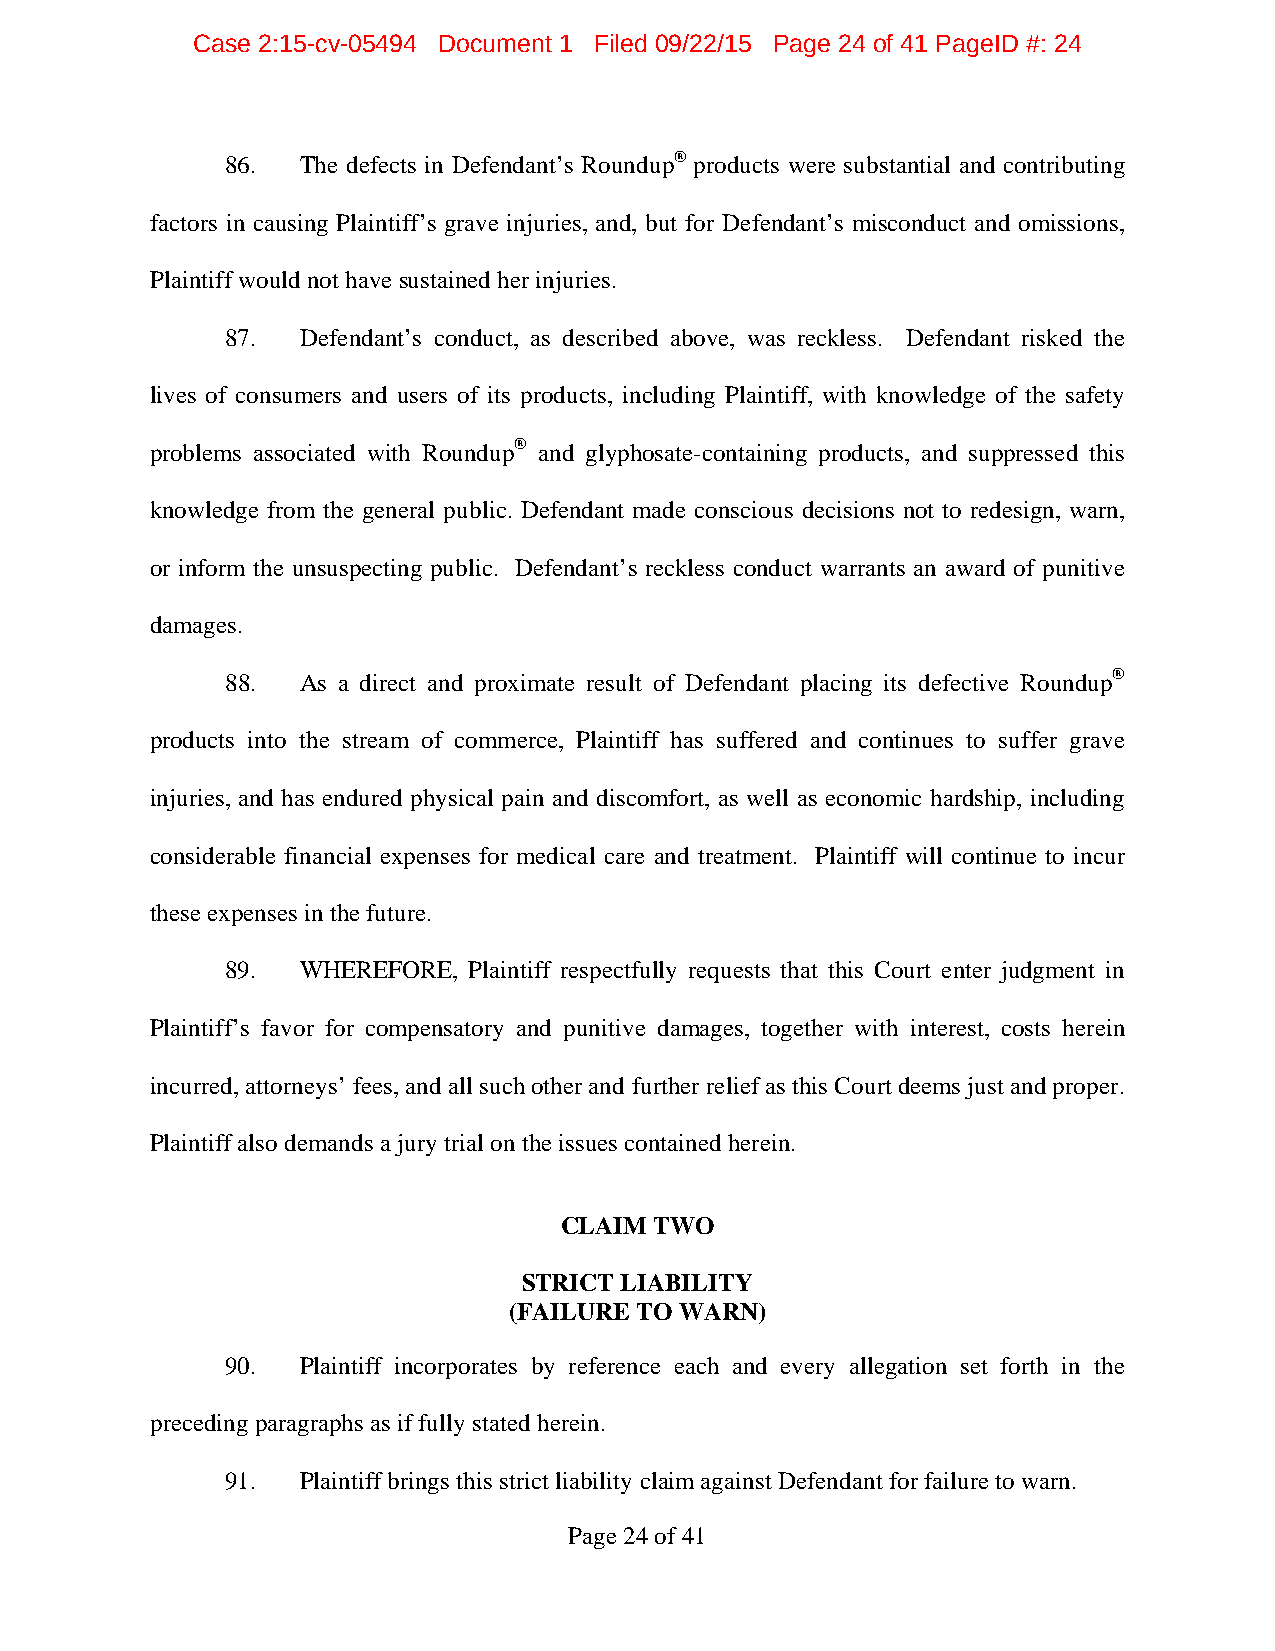
Case 2:15-cv-05494 Document 1 Filed 09/22/15 Page 24 of 41 PageID #: 24
 86.  The defects in Defendant’s Roundup® products were substantial and contributing
 factors in causing Plaintiff’s grave injuries, and, but for Defendant’s misconduct and omissions,
 Plaintiff would not have sustained her injuries.
 87.  Defendant’s conduct, as described above, was reckless. Defendant risked the
 lives of consumers and users of its products, including Plaintiff, with knowledge of the safety
 problems associated with Roundup® and glyphosate-containing products, and suppressed this
 knowledge from the general public. Defendant made conscious decisions not to redesign, warn,
 or inform the unsuspecting public. Defendant’s reckless conduct warrants an award of punitive
 damages.
 88.  As a direct and proximate result of Defendant placing its defective Roundup®
 products into the stream of commerce, Plaintiff has suffered and continues to suffer grave
 injuries, and has endured physical pain and discomfort, as well as economic hardship, including
 considerable financial expenses for medical care and treatment. Plaintiff will continue to incur
 these expenses in the future.
 89.  WHEREFORE, Plaintiff respectfully requests that this Court enter judgment in
 Plaintiff’s favor for compensatory and punitive damages, together with interest, costs herein
 incurred, attorneys’ fees, and all such other and further relief as this Court deems just and proper.
 Plaintiff also demands a jury trial on the issues contained herein.
 CLAIM TWO
 STRICT LIABILITY
 (FAILURE TO WARN)
 90.  Plaintiff incorporates by reference each and every allegation set forth in the
 preceding paragraphs as if fully stated herein.
 91.  Plaintiff brings this strict liability claim against Defendant for failure to warn.
 Page 24 of 41